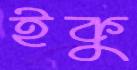
ইকু